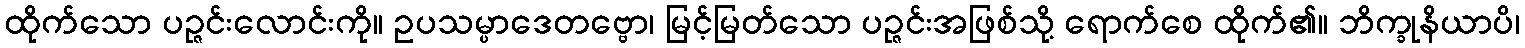
ထိုက်သော ပဉ္ဇင်းလောင်းကို။ ဥပသမ္ပာဒေတဗ္ဗော၊ မြင့်မြတ်သော ပဉ္ဇင်းအဖြစ်သို့ ရောက်စေ ထိုက်၏။ ဘိက္ခုနိယာပိ၊